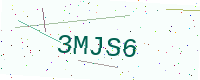
Text: 3MJS6